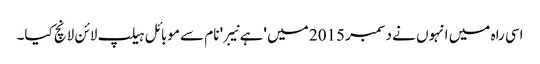
اسی راہ میں انہوں نے دسمبر 2015 میں 'ہے نیبر' نام سے موبائل ہیلپ لائن لانچ کیا۔